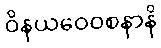
ဝိနယဝေဝစနာနိ